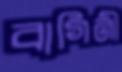
বাগিনী